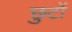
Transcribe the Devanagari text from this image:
छुटों